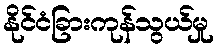
နိုင်ငံခြားကုန်သွယ်မှု